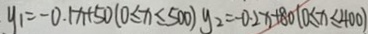
y _ { 1 } = - 0 . 1 x + 5 0 ( 0 \leq x \leq 5 0 0 ) y _ { 2 } = - 0 . 2 x + 8 0 ( 0 \leq x \leq 4 0 0 )